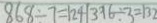
8 6 8 \div 7 = 1 2 4 1 3 9 6 \div 3 = 1 3 2